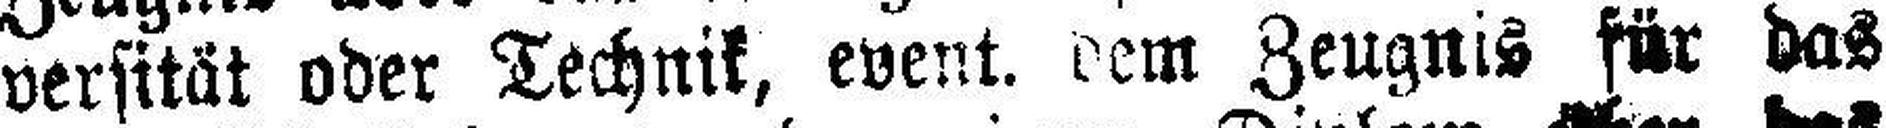
versität oder Technik, event. dem Zeugnis für das